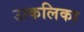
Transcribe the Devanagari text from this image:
उत्‍कलिका